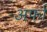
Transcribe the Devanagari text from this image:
अर्फा